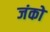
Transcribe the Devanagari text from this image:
जंको